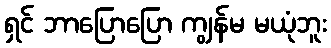
ရှင် ဘာပြောပြော ကျွန်မ မယုံဘူး